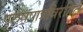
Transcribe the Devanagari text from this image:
पुरुषपात्रविरहित